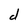
Character: d